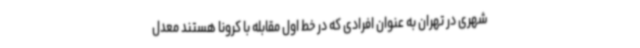
شهری در تهران به عنوان افرادی که در خط اول مقابله با کرونا هستند معدل